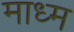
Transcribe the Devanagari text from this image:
माध्म